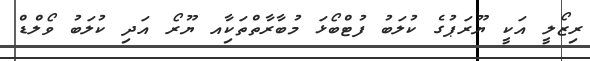
ރިޒޯލީ އަކީ ޔޫރަޕުގެ ކުލަބު ފުޓްބޯޅަ މުބާރާތްތަކާިއ ޔޫރޯ އަދި ކުލަބު ވޯލްޑް